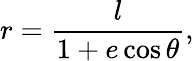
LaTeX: r={\frac{l}{1+e\cos\theta}},